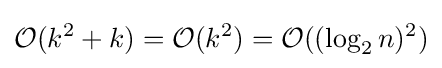
{\mathcal {O}}(k^{2}+k)={\mathcal {O}}(k^{2})={\mathcal {O}}((\log _{2}n)^{2})